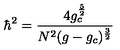
\hbar ^ { 2 } = \frac { 4 g _ { c } ^ { \frac { 5 } { 2 } } } { N ^ { 2 } ( g - g _ { c } ) ^ { \frac { 3 } { 2 } } }